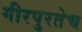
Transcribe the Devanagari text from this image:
गीरपुरतेच